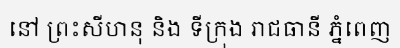
នៅ ព្រះសីហនុ និង ទីក្រុង រាជធានី ភ្នំពេញ